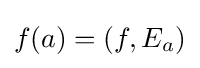
f(a)=(f,E_{a})